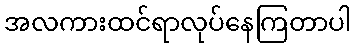
အလကားထင်ရာလုပ်နေကြတာပါ